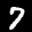
Label: 7